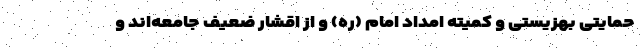
حمایتی بهزیستی و کمیته امداد امام (ره) و از اقشار ضعیف جامعه‌اند و